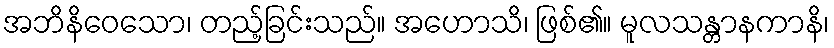
အဘိနိဝေသော၊ တည့်ခြင်းသည်။ အဟောသိ၊ ဖြစ်၏။ မူလသန္တာနကာနိ၊